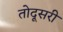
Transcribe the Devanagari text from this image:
तोदूसरी